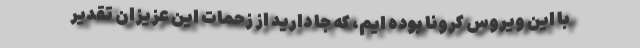
با این ویروس کرونا بوده ایم، که جا دارید از زحمات این عزیزان تقدیر